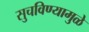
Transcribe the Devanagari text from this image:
सुचविण्यामुळे